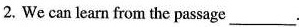
2.We can learn from the passage___